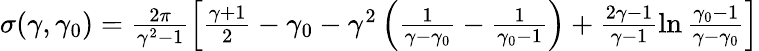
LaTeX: \begin{array}{r}{\sigma(\gamma,\gamma_{0})=\frac{2\pi}{\gamma^{2}-1}\left[\frac{\gamma+1}2-\gamma_{0}-\gamma^{2}\left(\frac{1}{\gamma-\gamma_{0}}-\frac 1{\gamma_{0}-1}\right)+\frac{2\gamma-1}{\gamma-1}\ln\frac{\gamma_{0}-1}{\gamma-\gamma_{0}}\right]}\end{array}